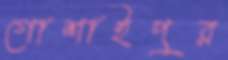
গোশাইপুর